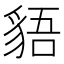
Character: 𧳎